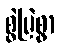
စွဲမြဲစွာ